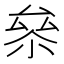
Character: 㕘